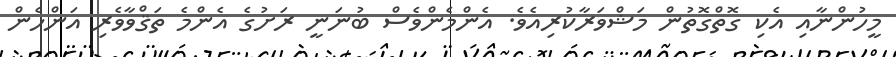
މީހުންނާއި އެކި ގޮތްގޮތުން މަޝްވަރާކުރިއެވެ. އެންމެންވެސް ބުނަނީ ރަށުގެ އެންމެ ތަޤްވާވެރި އަންހެން